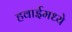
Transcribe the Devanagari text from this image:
हवाईमध्ये